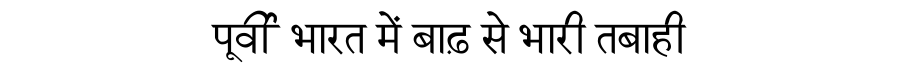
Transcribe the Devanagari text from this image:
पूर्वी भारत में बाढ़ से भारी तबाही